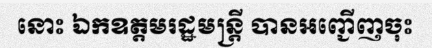
នោះ ឯកឧត្តមរដ្ឋមន្ត្រី បានអញ្ជើញចុះ